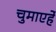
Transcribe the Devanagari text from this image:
चुमाएर्हे